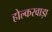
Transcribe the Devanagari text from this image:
होल्करवाड़ा